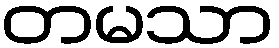
တမသာ